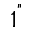
1 ^ { " }